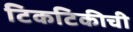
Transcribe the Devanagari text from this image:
टिकटिकीची